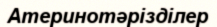
Атеринотәрізділер